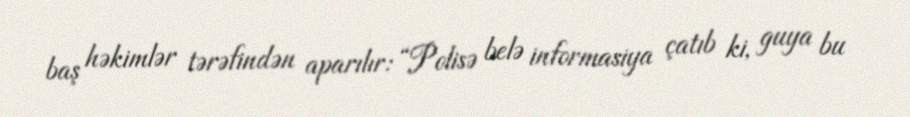
baş həkimlər tərəfindən aparılır: “Polisə belə informasiya çatıb ki, guya bu